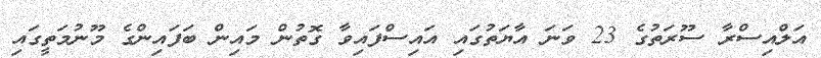
އަލްއިސްރާ ސޫރަތުގެ 23 ވަނަ އާޔަތުގައި އައިސްފައިވާ ގޮތުން މައިން ބަފައިންގެ މޫނުމަތީގައި